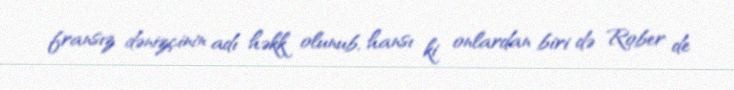
fransız dənizçinin adı həkk olunub, hansı ki onlardan biri də Rober de